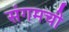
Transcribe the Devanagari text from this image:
संगमची